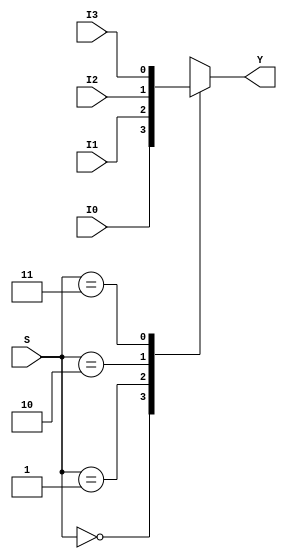
module dut(I0, I1, I2, I3, S, Y);

	input I0, I1, I2, I3;
	input [1:0] S; // vector
	output reg Y;

	always @(I0, I1, I2, I3, S) begin
		
		case (S)
			2'b00: Y = I0;
			2'b01: Y = I1;
			2'b10: Y = I2;
			2'b11: Y = I3;
		endcase

	end

endmodule